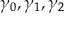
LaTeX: \gamma _ { 0 } , \gamma _ { 1 } , \gamma _ { 2 }